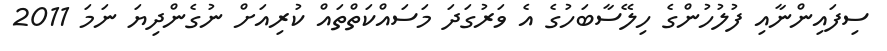
ސިފައިންނާއި ފުލުހުންގެ ހިލޭސާބަހުގެ އެ ވަރުގަދަ މަސައްކަތްތައް ކުރިއަށް ނުގެންދިޔަ ނަމަ 2011